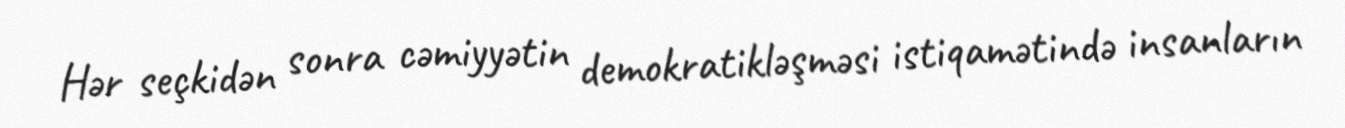
Hər seçkidən sonra cəmiyyətin demokratikləşməsi istiqamətində insanların